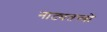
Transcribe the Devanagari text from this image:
नाट्यतत्त्वों